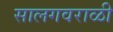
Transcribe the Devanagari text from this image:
सालगवराळी